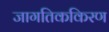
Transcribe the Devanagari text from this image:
जागतिककिरण